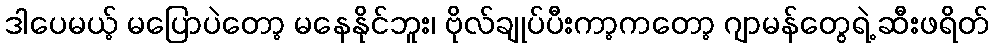
ဒါပေမယ့် မပြောပဲတော့ မနေနိုင်ဘူး၊ ဗိုလ်ချုပ်ပီးကာ့ကတော့ ဂျာမန်တွေရဲ့ ဆီးဖရိတ်